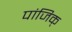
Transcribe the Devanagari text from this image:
पांजिक्